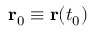
\mathbf { r } _ { 0 } \equiv \mathbf { r } ( t _ { 0 } )